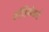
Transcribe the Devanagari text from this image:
मोहिमेकडे